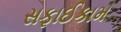
સફાઈકામ